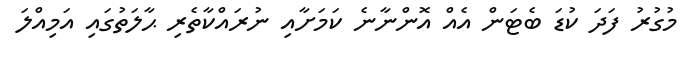
މުގުރު ފަދަ ކުޑަ ބެޓަން އެއް އޮންނާނެ ކަމަށާއި ނުރައްކާތެރި ޙާލަތުގައި އަމިއްލަ